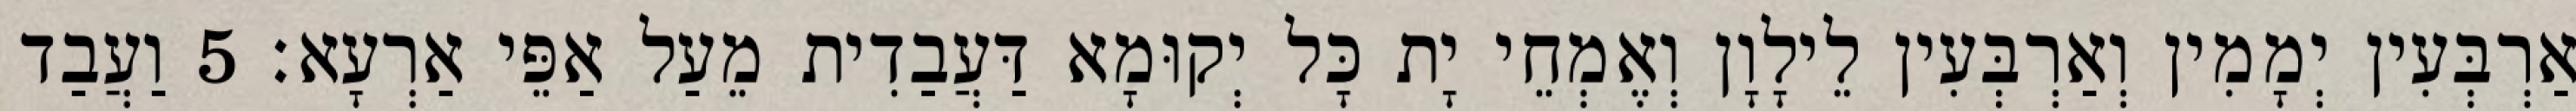
אַרְבְּעִין יְמָמִין וְאַרְבְּעִין לֵילָוָן וְאֶמְחֵי יָת כָּל יְקוּמָא דַּעֲבַדִית מֵעַל אַפֵּי אַרְעָא׃ 5 וַעֲבַד